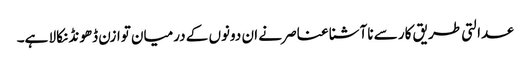
عدالتی طریق کار سے ناآشنا عناصر نے ان دونوں کے درمیان توازن ڈھونڈ نکالا ہے۔